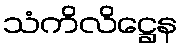
သံကိလိဋ္ဌေန